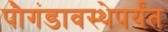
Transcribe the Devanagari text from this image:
पौगंडावस्थेपर्यंत